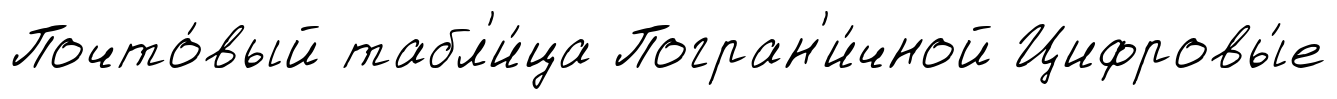
Почто́вый табл'и́ца Погран'и́чной Цифровы́е